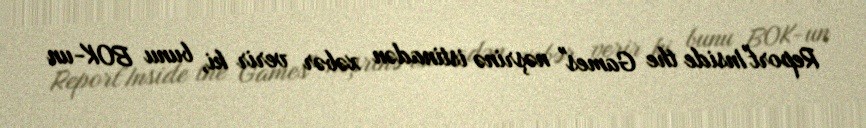
Report"Inside the Games" nəşrinə istinadən xəbər verir ki, bunu BOK-un